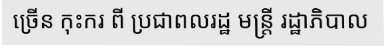
ច្រើន កុះករ ពី ប្រជាពលរដ្ឋ មន្ត្រី រដ្ឋាភិបាល